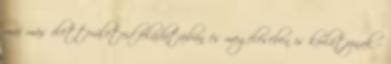
már más életterületeid feladataiban és megélésében is korlátoznak –